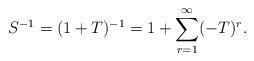
LaTeX: \begin{align*}S^{-1} = (1+T)^{-1} = 1+\sum_{r=1}^{\infty}(-T)^{r}.\end{align*}